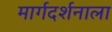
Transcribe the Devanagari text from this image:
मार्गदर्शनाला